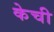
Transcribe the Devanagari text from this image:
केची